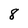
Character: 8